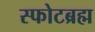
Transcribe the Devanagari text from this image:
स्फोटब्रह्म